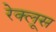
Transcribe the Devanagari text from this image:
रेक्लूस